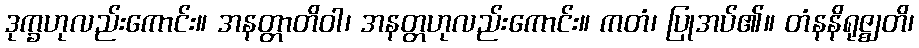
ဒုက္ခဟုလည်းကောင်း။ အနတ္တာတိဝါ၊ အနတ္တဟုလည်းကောင်း။ ကတံ၊ ပြုအပ်၏။ တံနနိရုဇ္ဈတိ၊